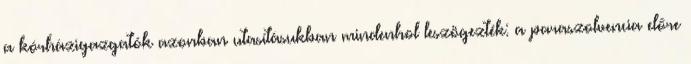
a kórházigazgatók azonban utasításukban mindenhol leszögezték: a paraszolvencia előre